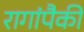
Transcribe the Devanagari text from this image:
रागांपैकी